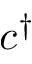
c ^ { \dagger }